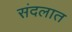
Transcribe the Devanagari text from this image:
संदलात